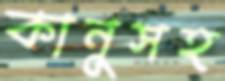
কানুসহ